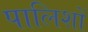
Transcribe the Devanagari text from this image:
पालिशों